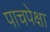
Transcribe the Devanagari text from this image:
पाचपेक्षा